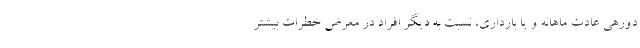
دورهی عادت ماهانه و یا بارداری، نسبت به دیگر افراد در معرض خطرات بیشتر